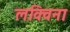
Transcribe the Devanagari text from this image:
लक्विना